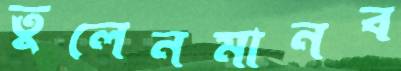
তুলেনমানব